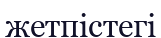
жетпістегі